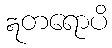
ဣတရောပိ